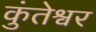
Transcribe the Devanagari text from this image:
कुंतेश्वर